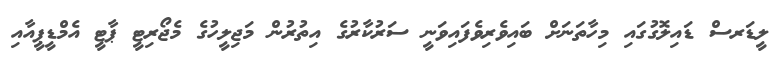
ލީޑަރސް ޑައިލޮގުގައި މިހާތަނަށް ބައިވެރިވެފައިވަނީ ސަރުކާރުގެ އިތުރުން މަޖިލީހުގެ މެޖޯރިޓީ ޕާޓީ އެމްޑީޕީއާއި